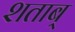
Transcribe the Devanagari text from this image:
शताब्